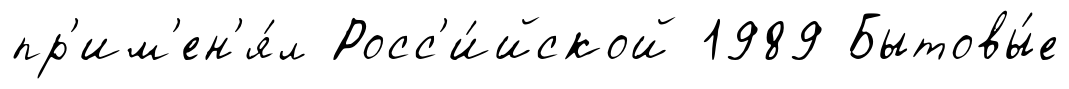
пр'им'ен'я́л Росс'и́йской 1989 Бытовы́е